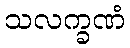
သလက္ခဏံ